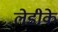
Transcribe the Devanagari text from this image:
लेडीके